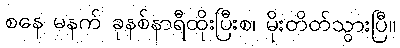
စနေ မနက် ခုနစ်နာရီထိုးပြီးစ၊ မိုးတိတ်သွားပြီ။